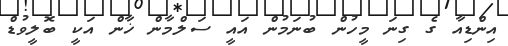
އިންޑިއާ ގެ ގިނަ މީހުން ބުނަމުން އައީ ސަލްމާން ޚާން އަކީ ބޮލީވުޑް